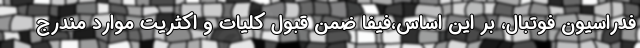
فدراسیون فوتبال، بر این اساس،فیفا ضمن قبول کلیات و اکثریت موارد مندرج